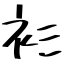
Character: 衫